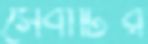
সেবাটির